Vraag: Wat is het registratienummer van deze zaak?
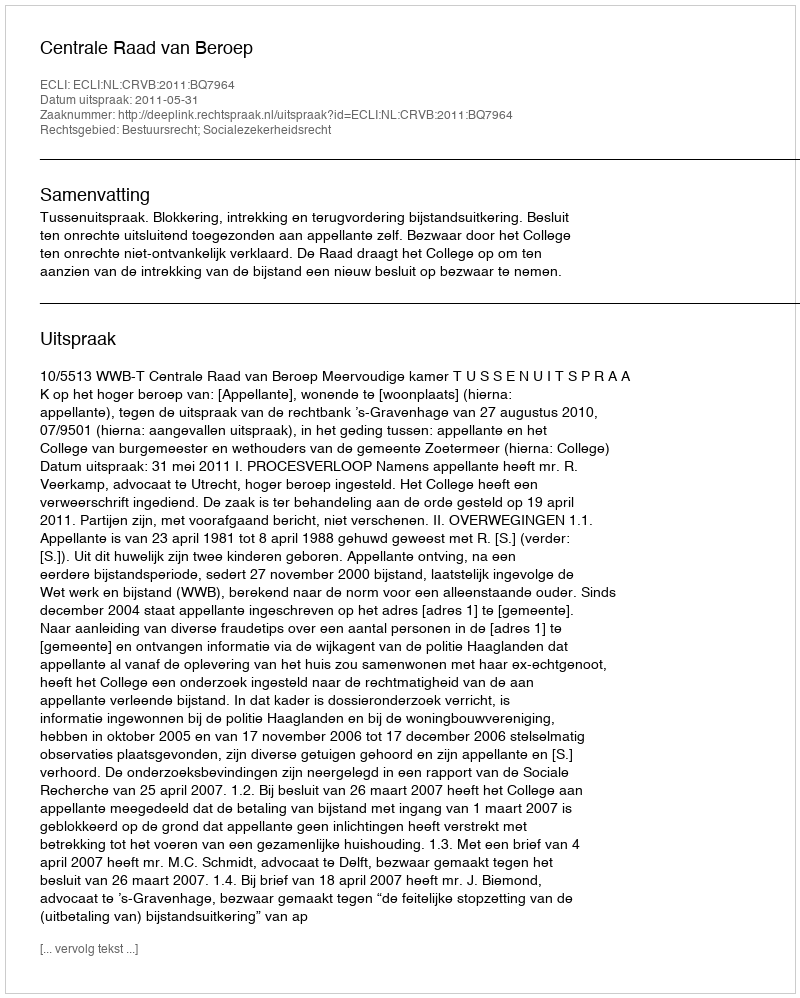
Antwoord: http://deeplink.rechtspraak.nl/uitspraak?id=ECLI:NL:CRVB:2011:BQ7964